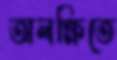
অলক্ষিতে